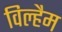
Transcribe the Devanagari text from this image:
विल्हैम